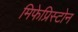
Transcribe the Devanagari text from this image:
मिफेप्रिस्टोन